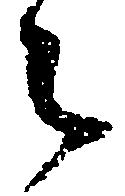
々